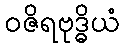
ဝဇိရဗုဒ္ဓိယံ